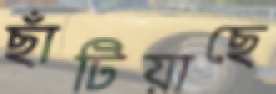
ছাঁটিয়াছে